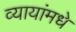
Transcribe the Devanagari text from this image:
व्यायांमधे